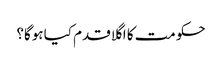
حکومت کا اگلا قدم کیا ہوگا؟